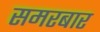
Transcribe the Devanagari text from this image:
समरबार